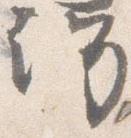
許